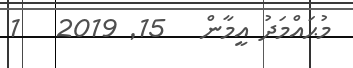
މުޙައްމަދު އީމާން   15